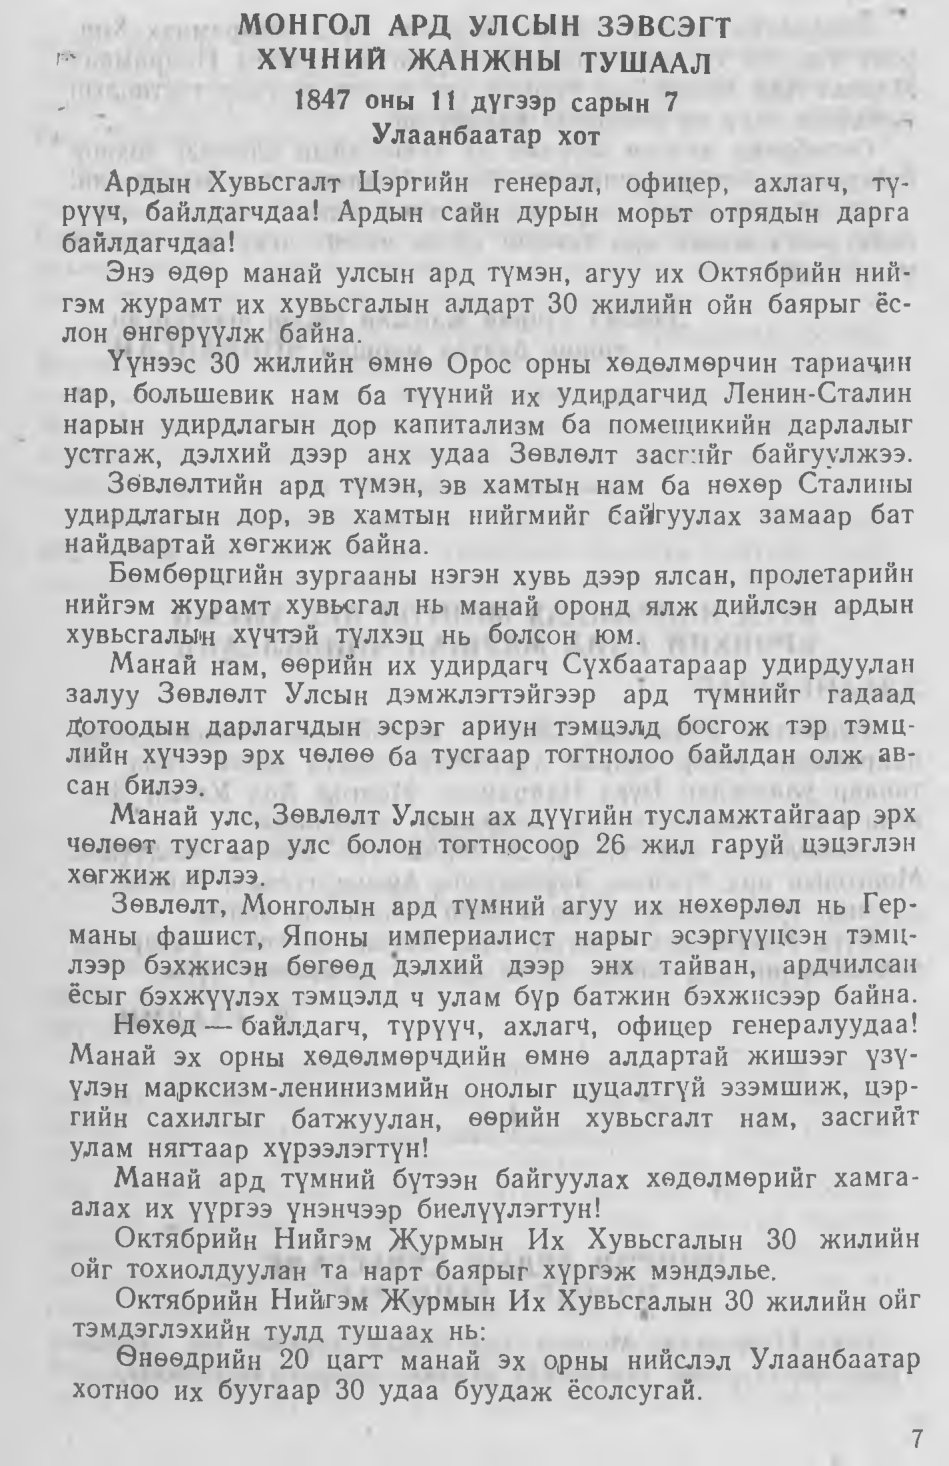
Language: mn